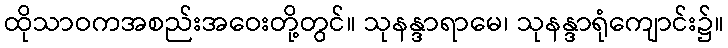
ထိုသာဝကအစည်းအဝေးတို့တွင်။ သုနန္ဒာရာမေ၊ သုနန္ဒာရုံကျောင်း၌။